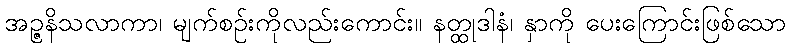
အဉ္ဇနိသလာကာ၊ မျက်စဉ်းကိုလည်းကောင်း။ နတ္ထုဒါနံ၊ နှာကို ပေးကြောင်းဖြစ်သော